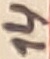
Text: 14